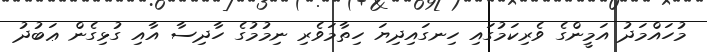
މުހައްމަދު އަމީންގެ ވެރިކަމުގައި ހިނގައިދިޔަ ހިތާމަވެރި ނިމުމުގެ ހާދިސާ އާއި ގުޅިގެން ޢަބުދު